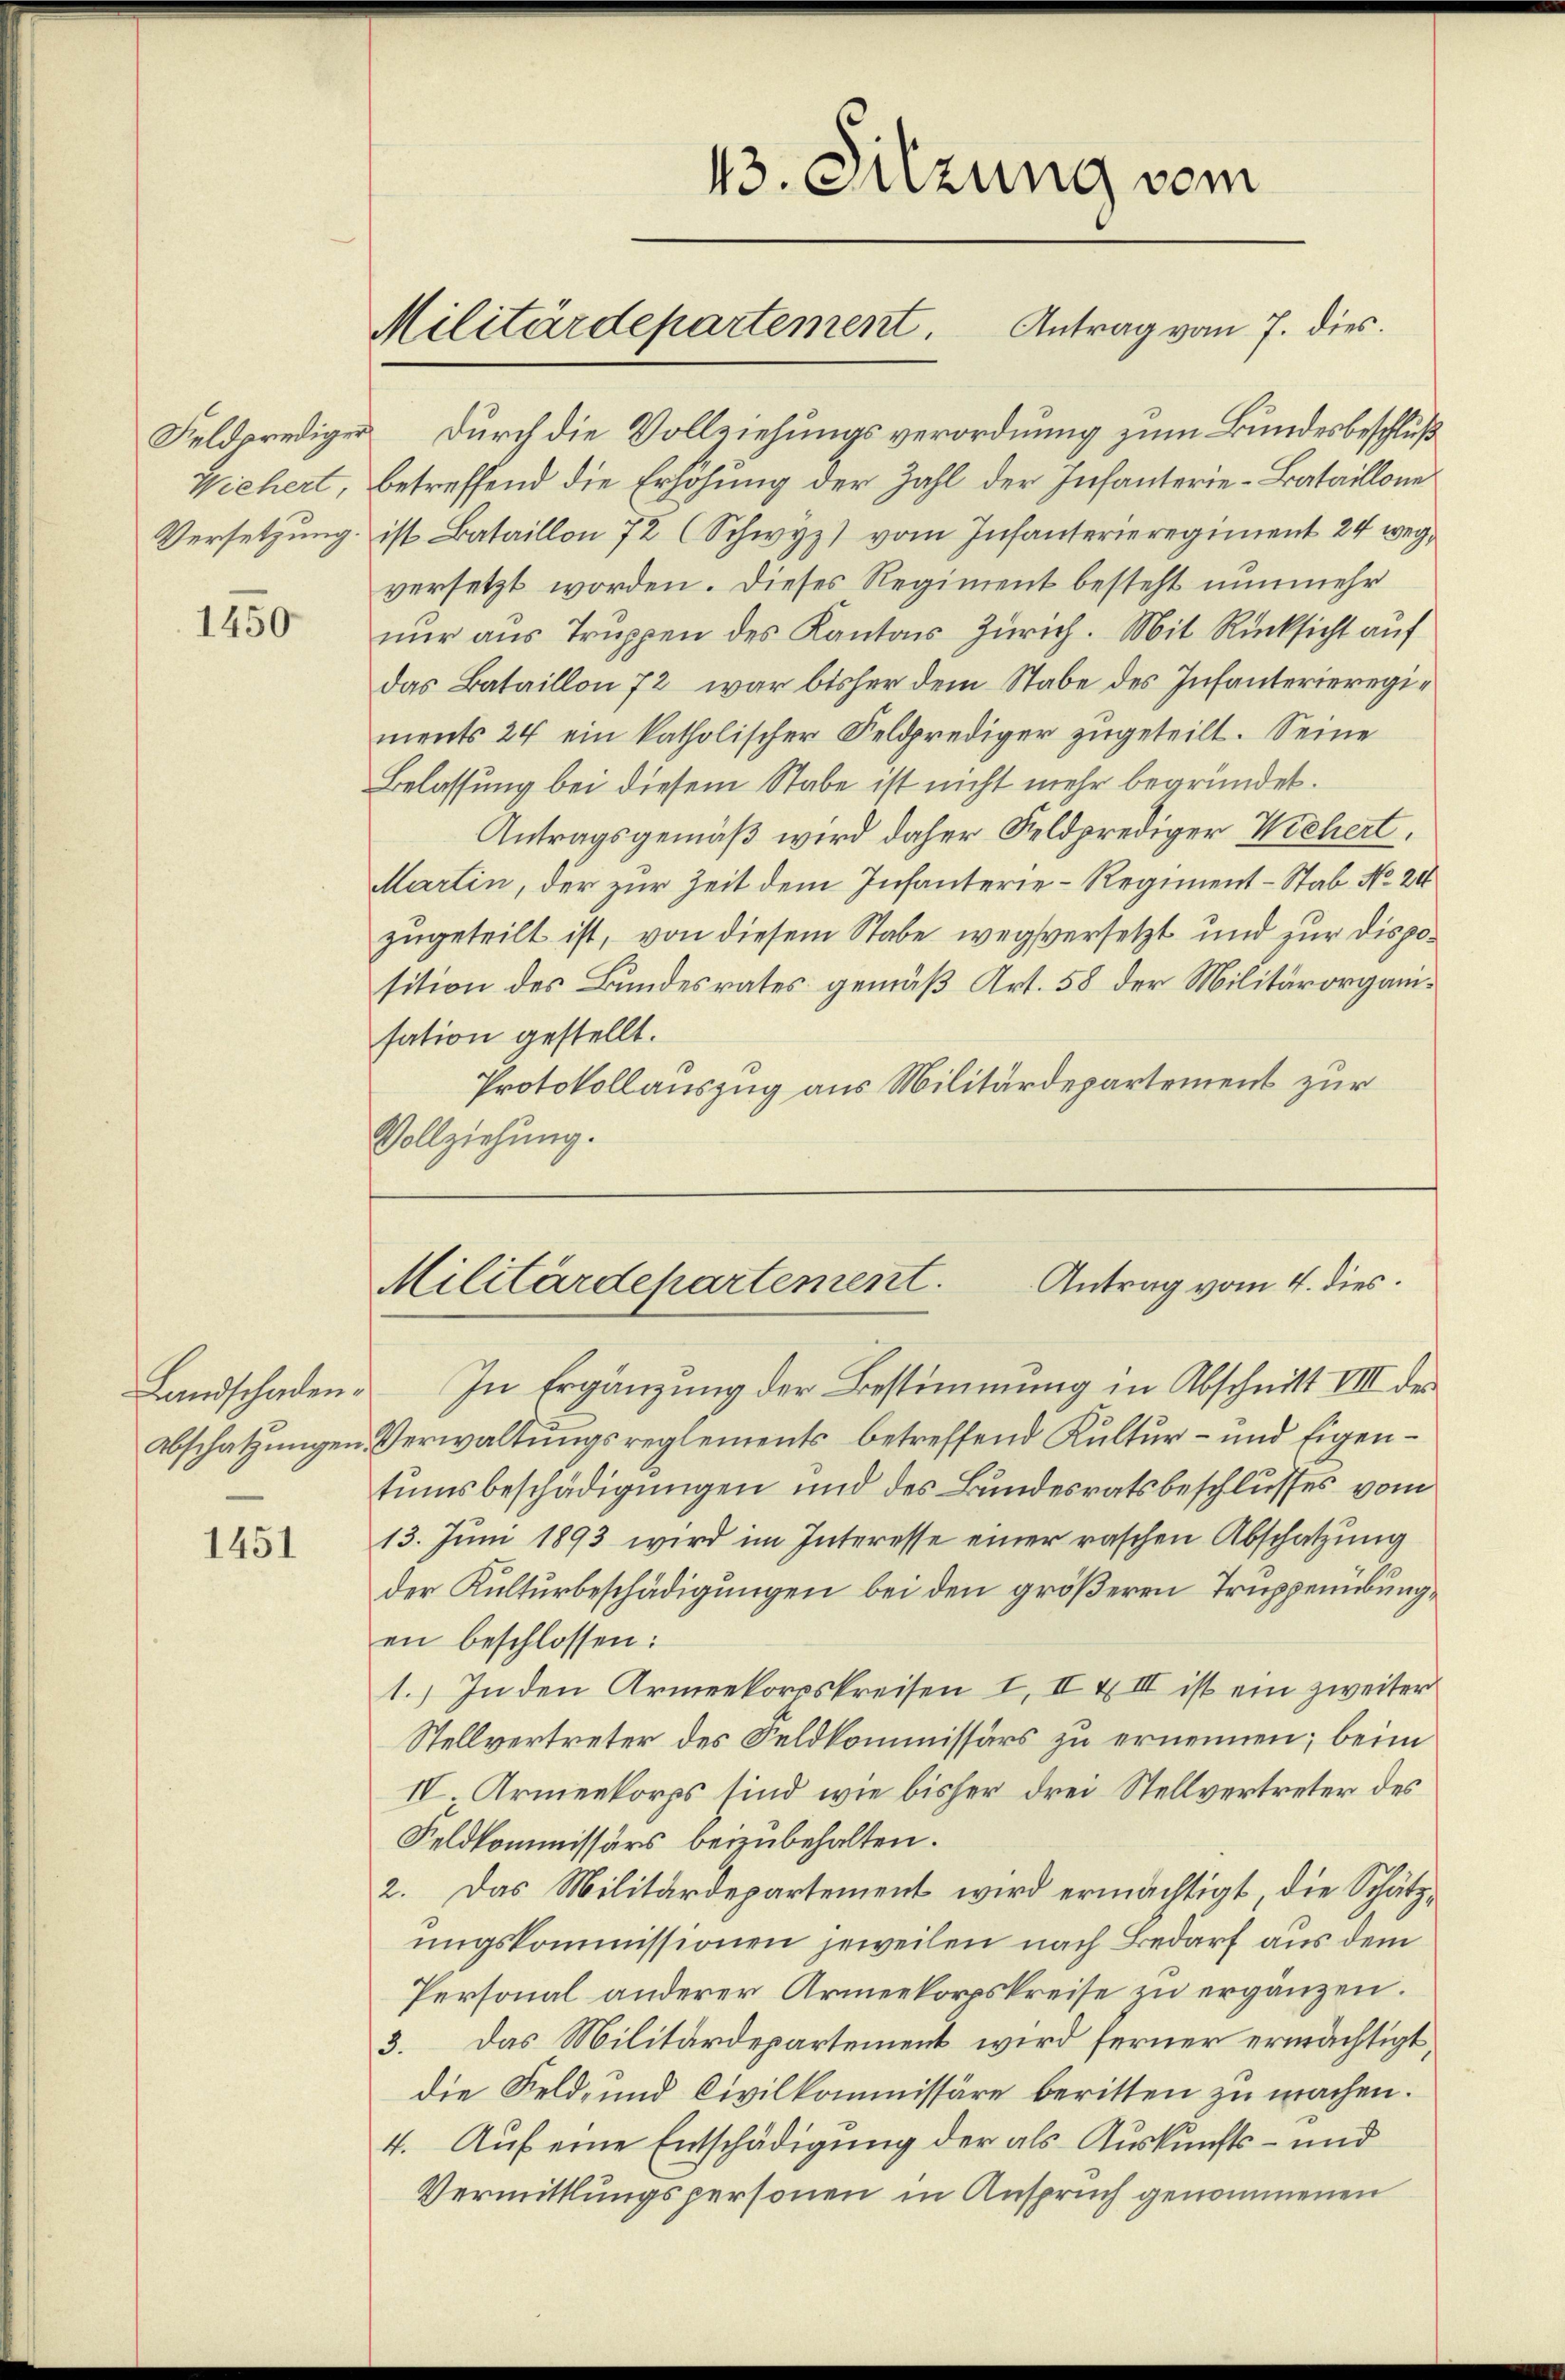
1450

Landschaden.

1451

Feldprediger Durch die Vollziehungsverordnung zum Bundesbeschluß
Wichert, betreffend die Erhöhung der Zahl der Infanterie-Bataillone
Versetzung ist Bataillon 72 (Schwyz) vom Infanterieregiment 24 weg
versetzt worden. Dieses Regiment besteht nunmehr
nur aus Truppen des Kantons Zürich. Mit Rücksicht auf
das Bataillon 72 war bisher dem Stabe des Infanterieregiments 24 ein katholischer Feldprediger zugeteilt. Seine
Belassung bei diesem Stabe ist nicht mehr begründet.
Antragsgemäß wird daher Feldprediger Wichert,
Martin, der zur Zeit dem Infanterie-Regiment-Stab No. 24
zugeteilt ist, von diesem Stabe wegsversetzt und zur Disposition des Bundesrates gemäß Art. 58 der Militärorganisation gestellt.
Protokollauszug aus Militärdepartement zur
Vollziehung.

Militärdepartement. Antrag vom 7. dies

13. Sitzung vom

In Ergänzung der Bestimmung in Abschnitt VIII des
Abschatzungen Verwaltungsreglements betreffend Kultur- und Eigentumsbeschädigungen und des Bundesratsbeschlusses vom
13. Juni 1893 wird im Interesse einer raschen Abschatzung
der Kulturbeschädigungen bei den größeren Truppenübung,
en beschlossen:
1.) In den Armeekorpskreisen I, II & III ist ein zweiter
Stellvertreter des Feldkommissärs zu ernennen; beim
IV Armeekorps sind wie bisher drei Stellvertreter des
Feldkommissärs beizubehalten.
2. Das Militärdepartement wird ermächtigt, die Schätzungskommissionen jeweilen nach Bedarf aus dem
Personal anderer Armeekorpskreise zu ergänzen.
3. Das Militärdepartement wird ferner ermächtigt,
die Feld- und Civilkommissäre beritten zu machen.
4. Auf eine Entschädigung der als Auskunfts- und
Vermittlungspersonen in Anspruch genommenen

Antrag vom 4. dies
Militärdepartement.